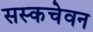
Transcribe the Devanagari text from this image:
सस्कचेवन